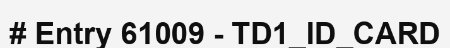
# Entry 61009 - TD1_ID_CARD